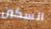
السكين